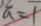
a = 1